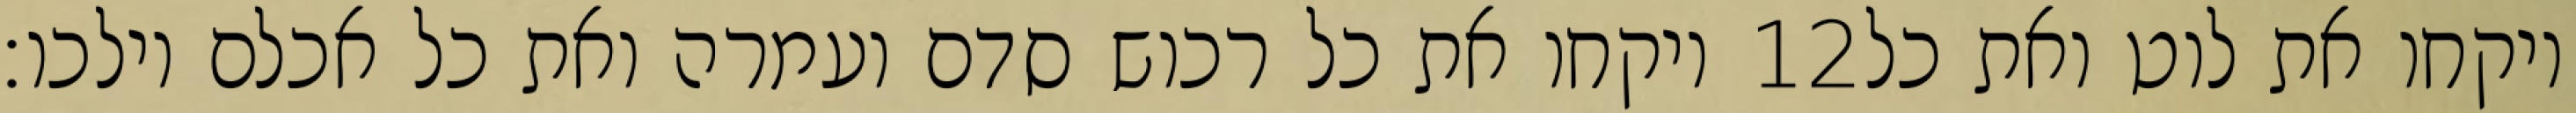
ויקחו את כל רכוש סדם ועמרה ואת כל אכלם וילכו׃ ‎12‏ ויקחו את לוט ואת כל